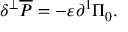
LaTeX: \delta ^ { \bot } \overline { { { \cal P } } } = - \varepsilon { \partial ^ { 1 } } \Pi _ { 0 } .